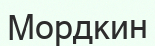
Мордкин